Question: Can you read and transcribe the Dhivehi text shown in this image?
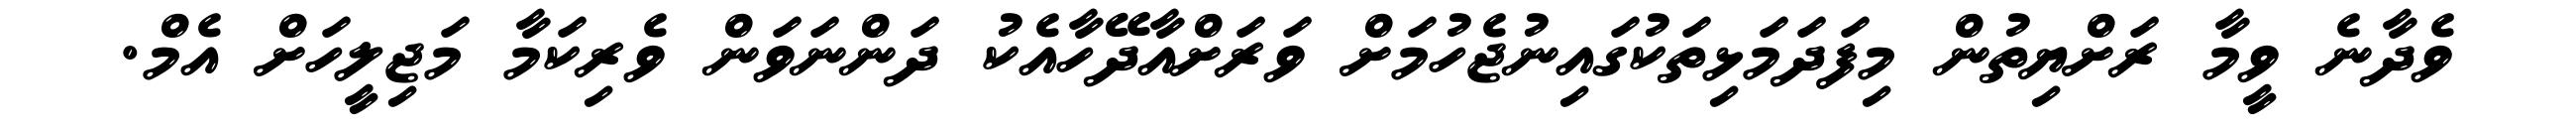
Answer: ވެދާނެ ވީމާ ރަށްޔިތުން މިފަދަމަޅިތަކުގައިނުޖެހުމަށް ވަރަށްއާދޭހާއެކު ދަންނަވަން ވެރިކަމާ މަޖިލީހަށް އެމް.